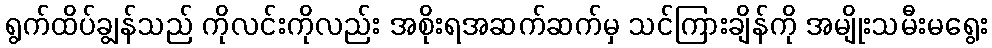
ရွက်ထိပ်ချွန်သည် ကိုလင်းကိုလည်း အစိုးရအဆက်ဆက်မှ သင်ကြားချိန်ကို အမျိုးသမီးမရွေး